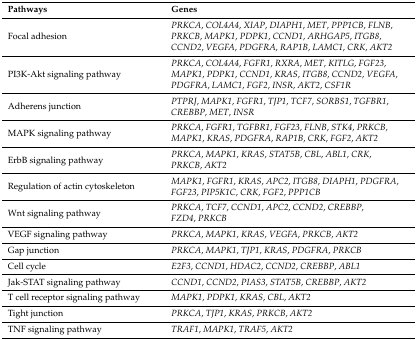
| Pathways | Genes |
 | --- | --- |
 | Focal adhesion | PRKCA, COL4A4, XIAP, DIAPH1, MET, PPP1CB, FLNB, PRKCB, MAPK1, PDPK1, CCND1, ARHGAP5, ITGB8, CCND2, VEGFA, PDGFRA, RAP1B, LAMC1, CRK, AKT2 |
 | PI3K-Akt signaling pathway | PRKCA, COL4A4, FGFR1, RXRA, MET, KITLG, FGF23, MAPK1, PDPK1, CCND1, KRAS, ITGB8, CCND2, VEGFA, PDGFRA, LAMC1, FGF2, INSR, AKT2, CSF1R |
 | Adherens junction | PTPRJ, MAPK1, FGFR1, TJP1, TCF7, SORBS1, TGFBR1, CREBBP, MET, INSR |
 | MAPK signaling pathway | PRKCA, FGFR1, TGFBR1, FGF23, FLNB, STK4, PRKCB, MAPK1, KRAS, PDGFRA, RAP1B, CRK, FGF2, AKT2 |
 | ErbB signaling pathway | PRKCA, MAPK1, KRAS, STAT5B, CBL, ABL1, CRK, PRKCB, AKT2 |
 | Regulation of actin cytoskeleton | MAPK1, FGFR1, KRAS, APC2, ITGB8, DIAPH1, PDGFRA, FGF23, PIP5K1C, CRK, FGF2, PPP1CB |
 | Wnt signaling pathway | PRKCA, TCF7, CCND1, APC2, CCND2, CREBBP, FZD4, PRKCB |
 | VEGF signaling pathway | PRKCA, MAPK1, KRAS, VEGFA, PRKCB, AKT2 |
 | Gap junction | PRKCA, MAPK1, TJP1, KRAS, PDGFRA, PRKCB |
 | Cell cycle | E2F3, CCND1, HDAC2, CCND2, CREBBP, ABL1 |
 | Jak-STAT signaling pathway | CCND1, CCND2, PIAS3, STAT5B, CREBBP, AKT2 |
 | T cell receptor signaling pathway | MAPK1, PDPK1, KRAS, CBL, AKT2 |
 | Tight junction | PRKCA, TJP1, KRAS, PRKCB, AKT2 |
 | TNF signaling pathway | TRAF1, MAPK1, TRAF5, AKT2 |